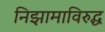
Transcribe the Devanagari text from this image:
निझामाविरुद्ध